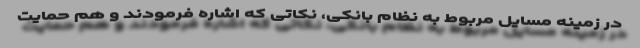
در زمینه مسایل مربوط به نظام بانکی، نکاتی که اشاره فرمودند و هم حمایت